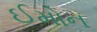
ઈમોન